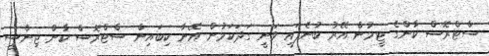
ސްޓްރޮސް-ކާންގެ ޓީމުން އޭރު ބުނެފައި ވަނީ ގަދަކަމުން އޭނާ ކިބައިން ސްޓްރޮސް-ކާން ޖިންސީ